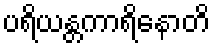
ပရိယန္တကာရိနောတိ